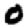
Digit: 0